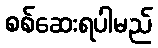
စစ်ဆေးရပါမည်